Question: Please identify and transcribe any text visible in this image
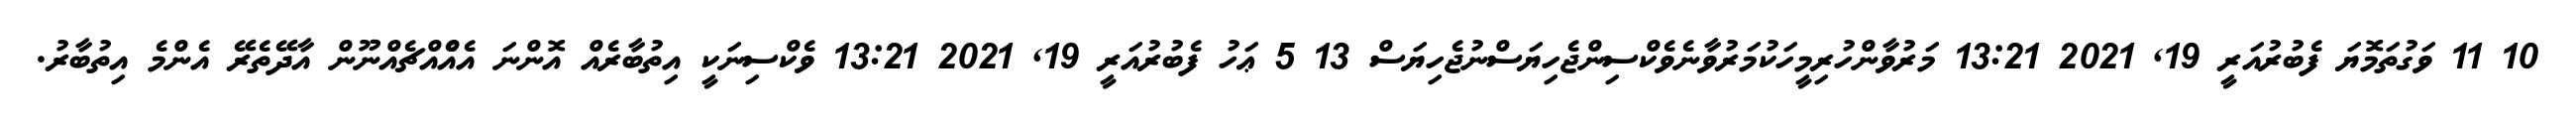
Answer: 10 11 ވަގުތަމޮޔަ ފެބުރުއަރީ 19, 2021 13:21 މަރުވާންހުރިމީހަކުމަރުވާނެވެކްސިންޖެހިޔަސްނުޖެހިޔަސް 13 5 ޢަހު ފެބުރުއަރީ 19, 2021 13:21 ވެކްސިނަކީ އިތުބާރެއް އޮންނަ އެއްެއްޗެއްނޫން އާދޭތެރޭ އެންމެ އިތުބާރު.